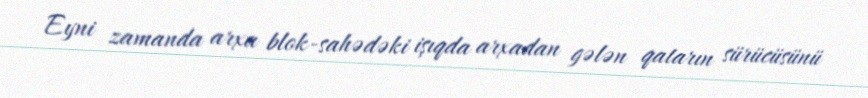
Eyni zamanda arxa blok-sahədəki işıqda arxadan gələn qatarın sürücüsünü